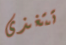
تتغذى